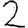
Digit: 2